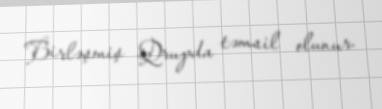
Birləşmiş Qrupda təmsil olunur.